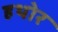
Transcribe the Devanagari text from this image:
हथोर